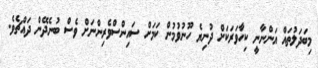
މިބަދަލުތައް އަންނާނީ ކިހާވަރަކަށް ދުނިޔެ ހޫނުވުމުން ކަމަށް ސައިންސްވެރިންނަށް ވެސް ބުނެދޭން ދައްޗެވެ.